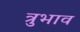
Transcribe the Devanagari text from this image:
त्रुभाव